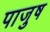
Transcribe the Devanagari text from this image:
पाजुष